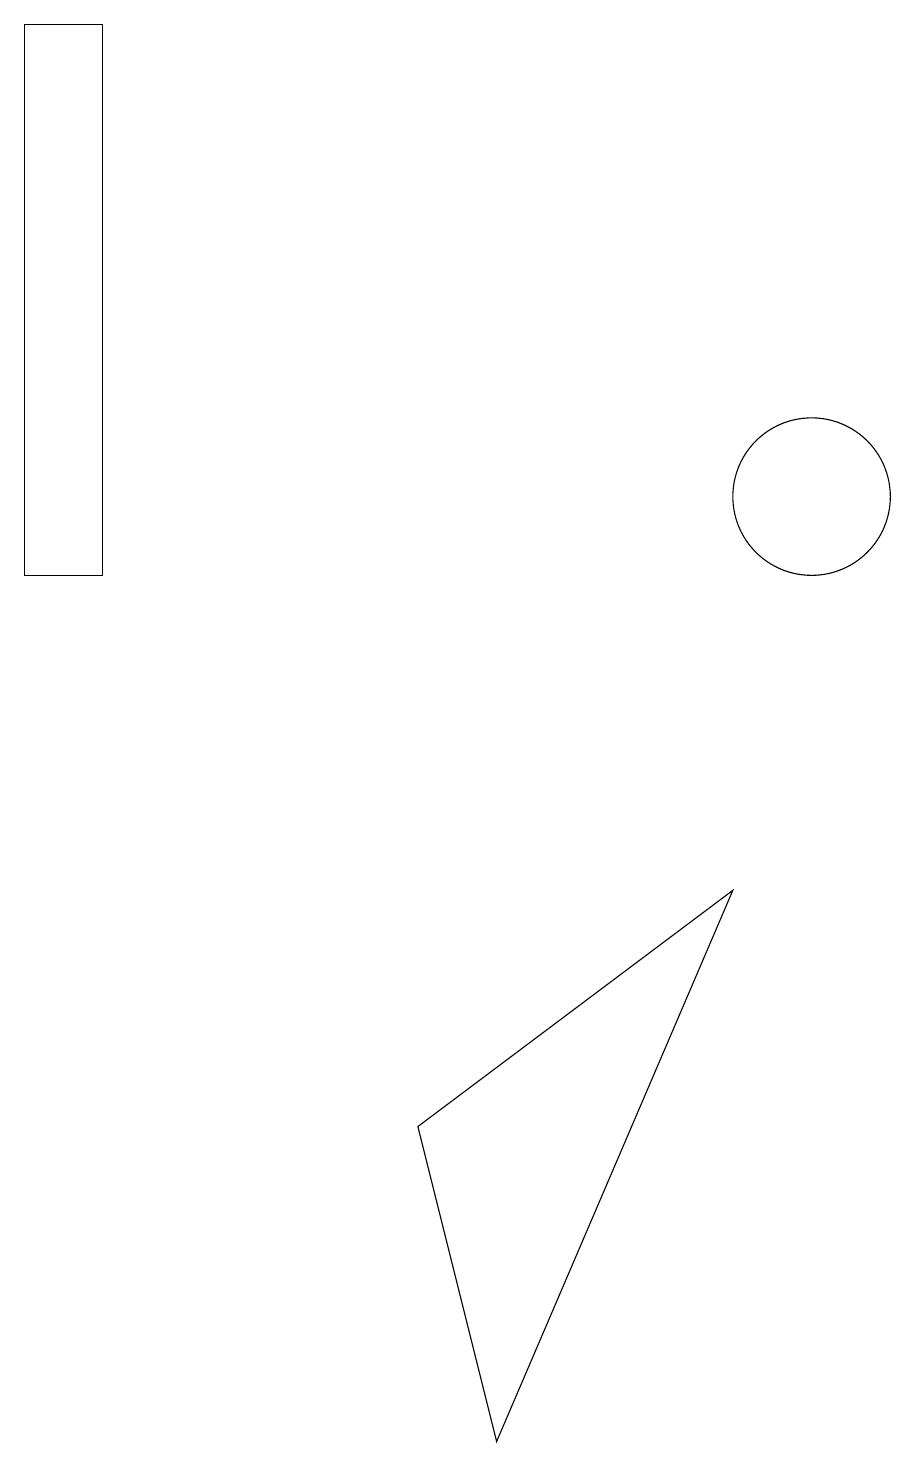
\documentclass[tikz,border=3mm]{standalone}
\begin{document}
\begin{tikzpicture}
\draw (10,12) circle (1);
\draw (6,0) -- (5,4) -- (9,7) -- cycle;
\draw (1,11) rectangle (0,18);
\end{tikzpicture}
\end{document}